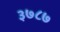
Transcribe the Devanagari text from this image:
३७८७